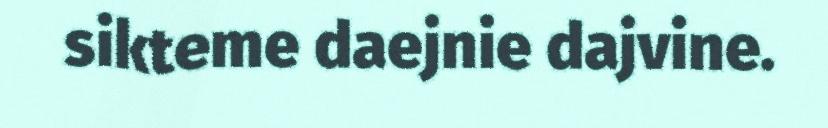
sikteme daejnie dajvine.